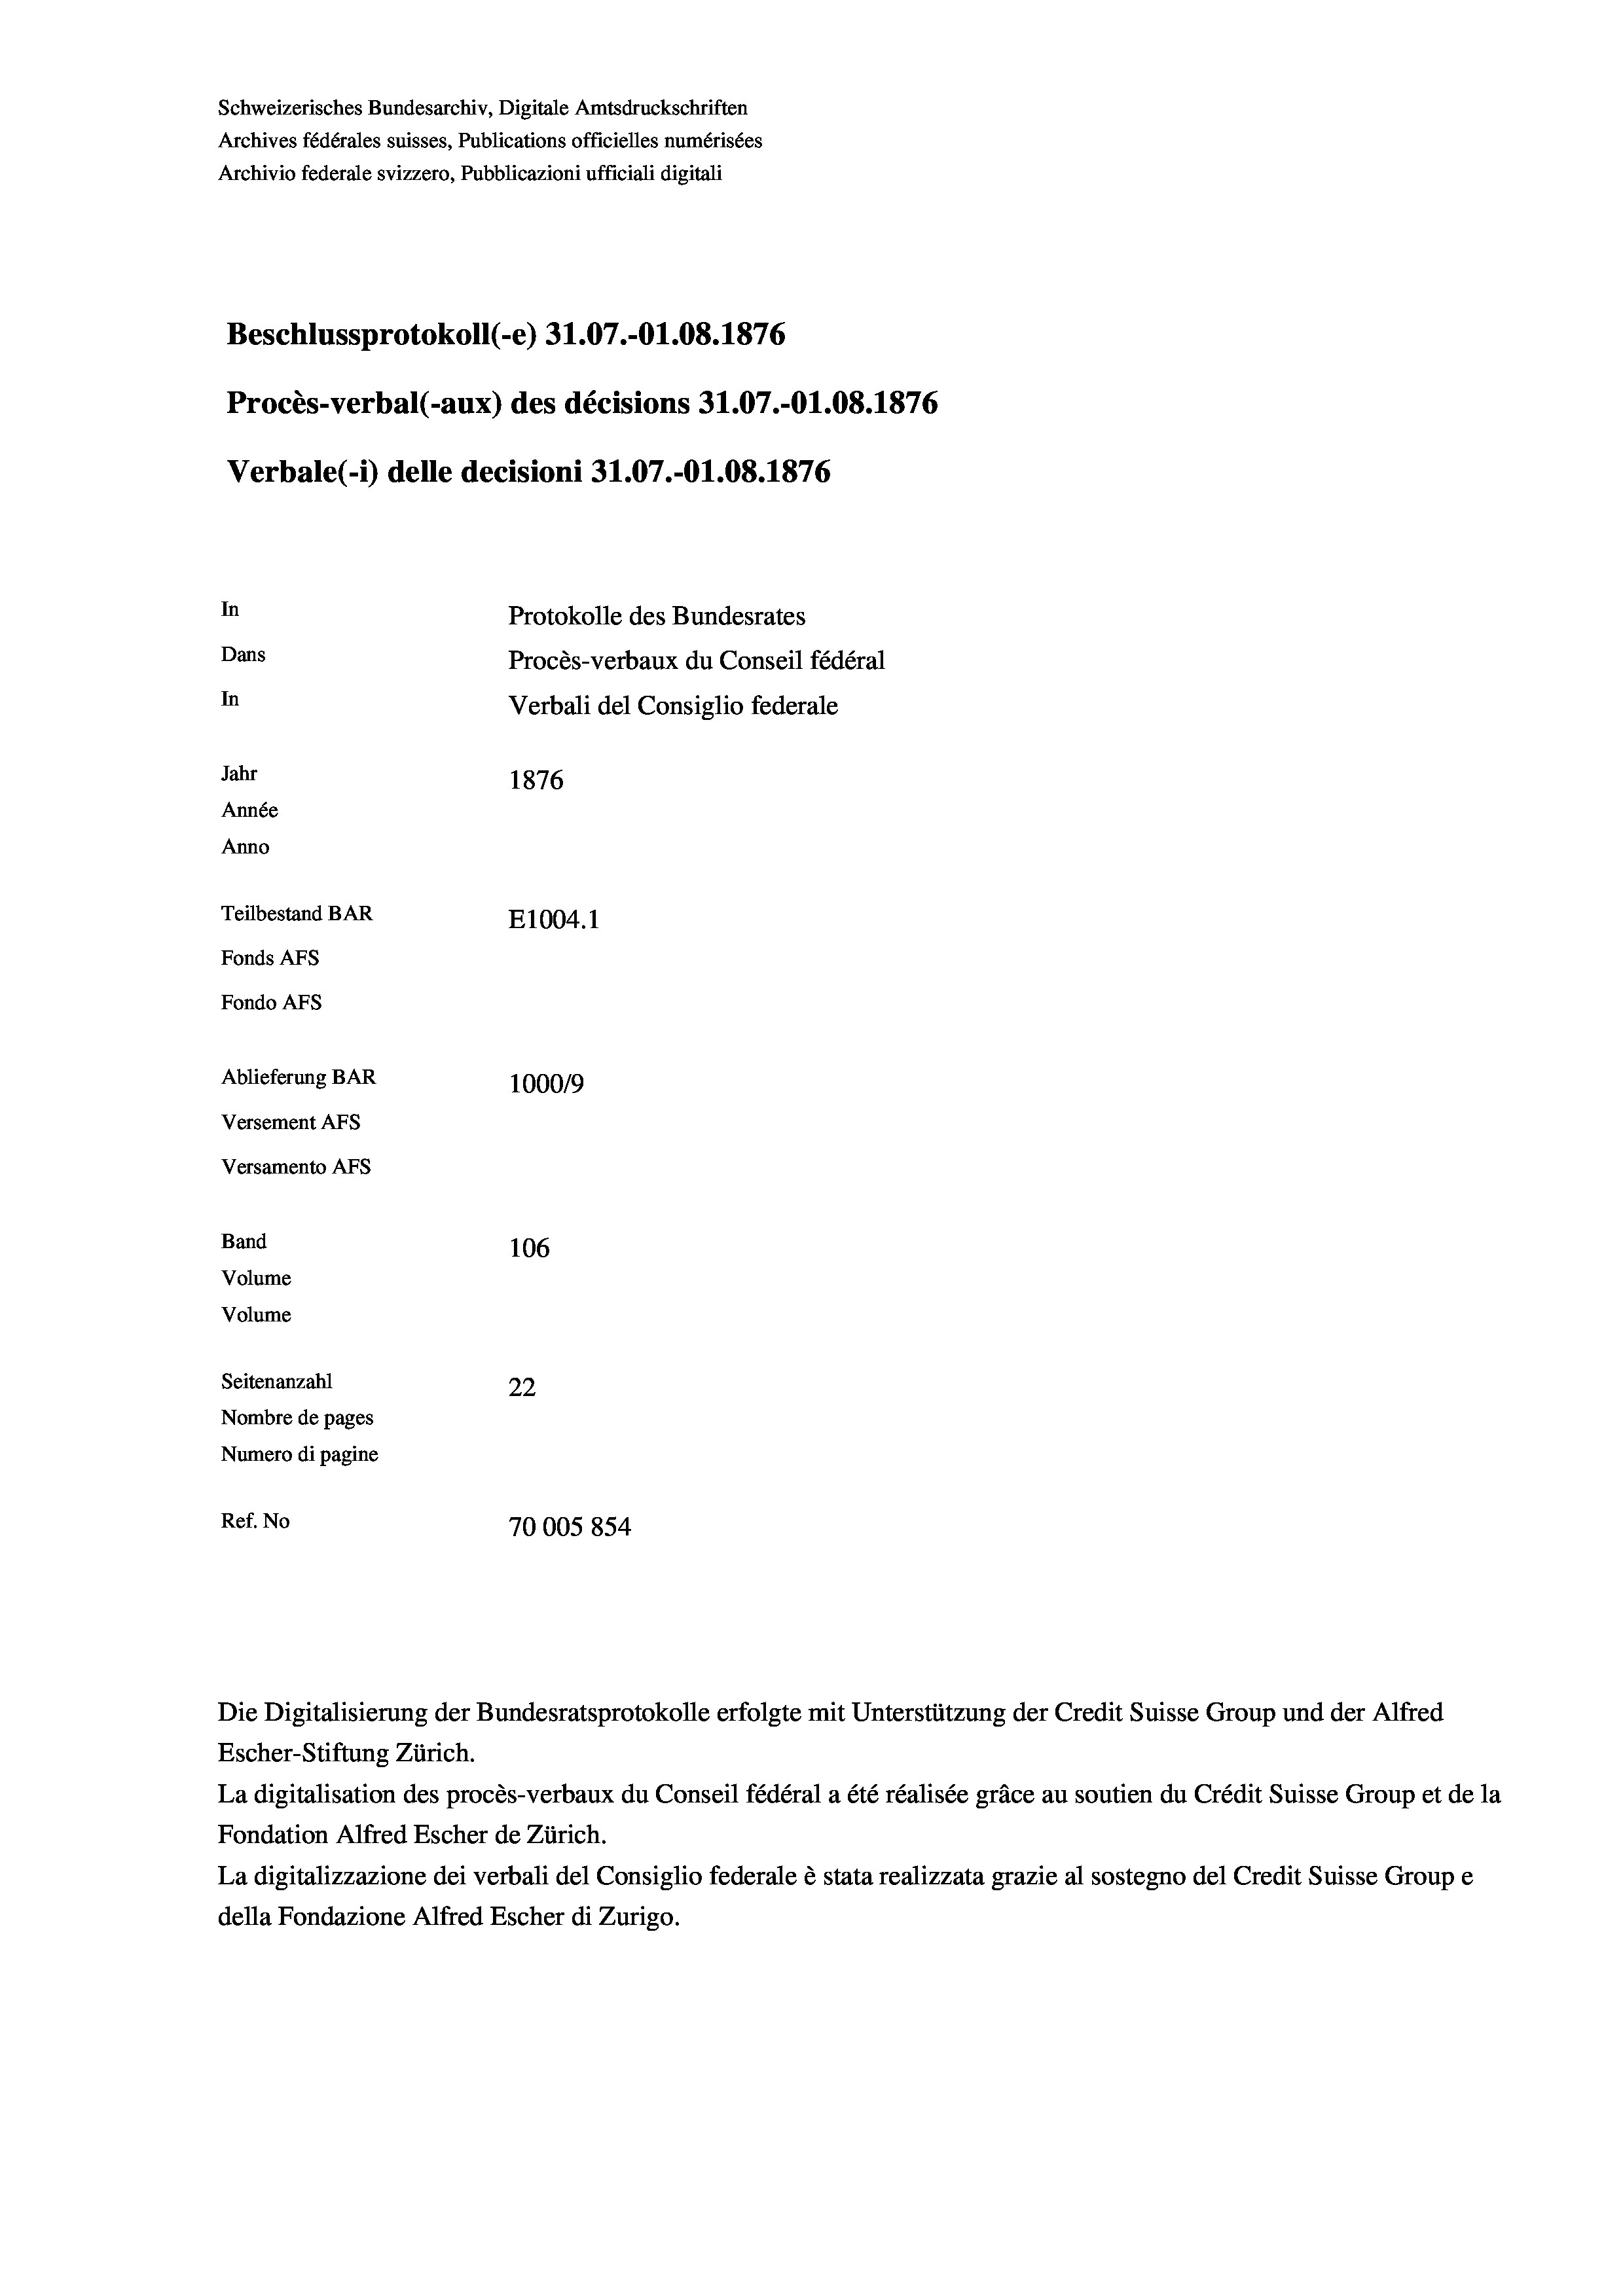
Schweizerisches Bundesarchiv, Digitale Amtsdruckschriften
Archives fédérales suisses, Publications officielles numérisées
Archivio federale svizzero, Pubblicazioni ufficiali digitali
Beschlussprotokoll (-e) 31.07.-01.08. 1876
Procès-verbal (-aux) des décisions 31.07.-O1.08. 1876
Verbale (- 1) delle decisioni 31.07.-O1.08. 1876
In
Protokolle des Bundesrates
Dans
Procès-verbaux du Conseil fédéral
In
Verbali del Consiglio federale
Jahr
1876
Année
Anno
Teilbestand BAR
E1004.1
Fonds AFs
Fondo Afs
Ablieferung BAR
100019
Versement AFs
Versamento Afs

106
Seitenanzahl
22
Nombre de pages
Numero di pagine
Ref. No
70005854

Band
Volume
Volume

Die Digitalisierung der Bundesratsprotokolle erfolgte mit Unterstützung der Credit Suisse Group und der Alfred
Escher-Stiftung Zürich.
La digitalisation des procès-verbaux du Conseil fédéral a été réalisée gräce au soutien du Crédit Suisse Group et de la
Fondation Alfred Escher de Zürich.
La digitalizzazione dei verbali del Consiglio federale è stata realizzata grazie al sostegno del Credit Suisse Groupe
della Fondazione Alfred Escher di Zurigo.